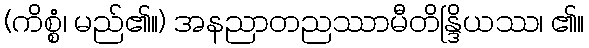
(ကိစ္စံ၊ မည်၏။) အနညာတညဿာမီတိန္ဒြိယဿ၊ ၏။